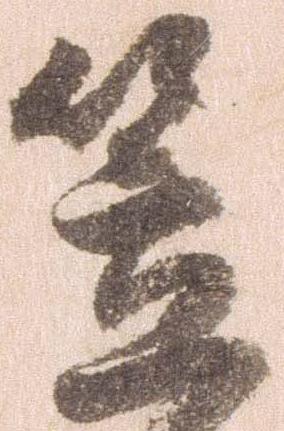
笠